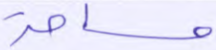
مساحة